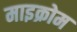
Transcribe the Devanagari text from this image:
माइक्रोम